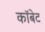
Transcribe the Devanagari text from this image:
कॉबेट